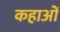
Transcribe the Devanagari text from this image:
कहाओं